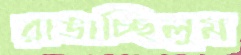
রাঙাচ্ছিলুম